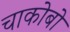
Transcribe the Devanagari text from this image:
चाकोबो